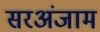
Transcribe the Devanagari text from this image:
सरअंजाम